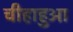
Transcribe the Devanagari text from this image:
चीहाहुआ